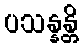
ပသန္နန္တိ